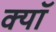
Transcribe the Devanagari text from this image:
क्यॉ